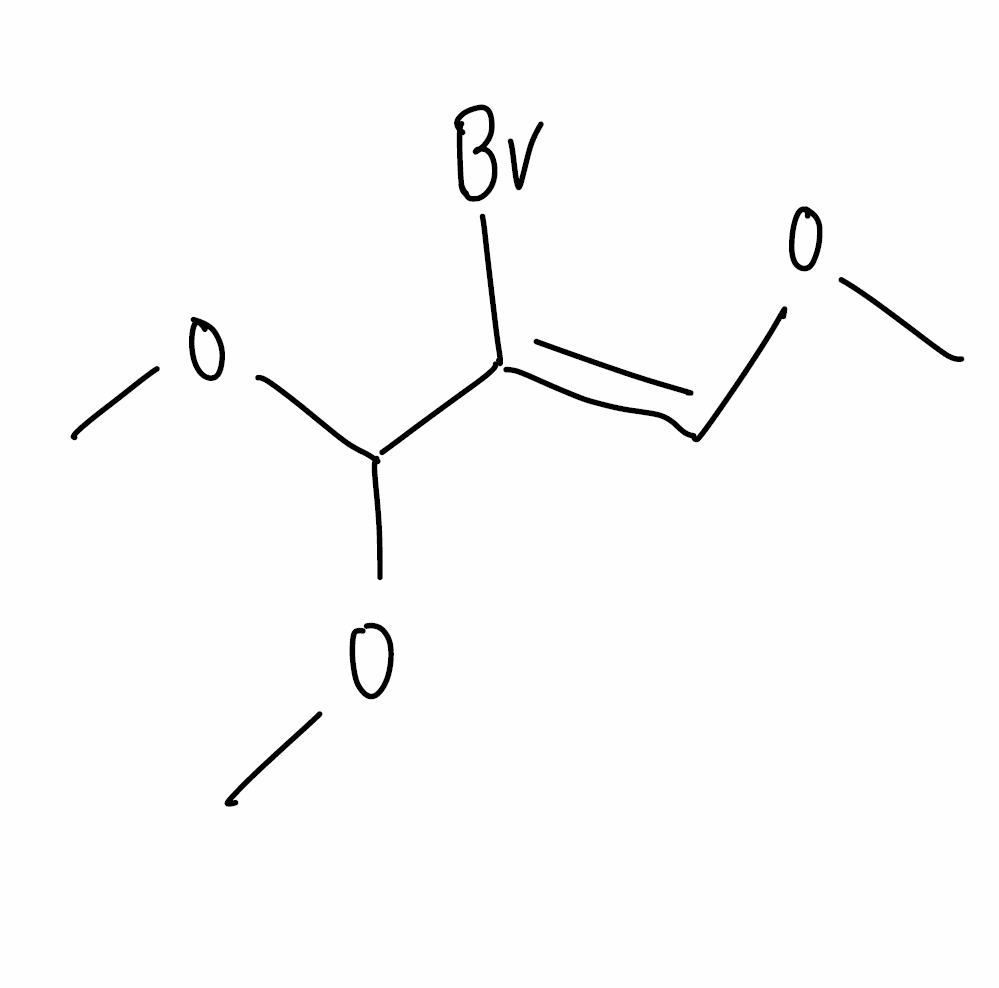
Simplified molecular-input line-entry system (SMILES) notation of the given molecule:
CO/C=C(/C(OC)OC)\Br